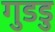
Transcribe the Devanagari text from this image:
गुडडु